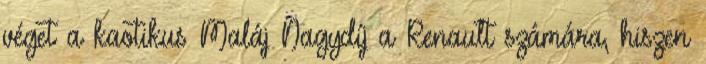
véget a kaotikus Maláj Nagydíj a Renault számára, hiszen